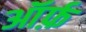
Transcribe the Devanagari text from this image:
ऑर्फ़